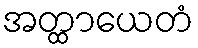
အတ္ထာယေတံ